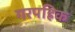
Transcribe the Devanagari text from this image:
गरपहिक